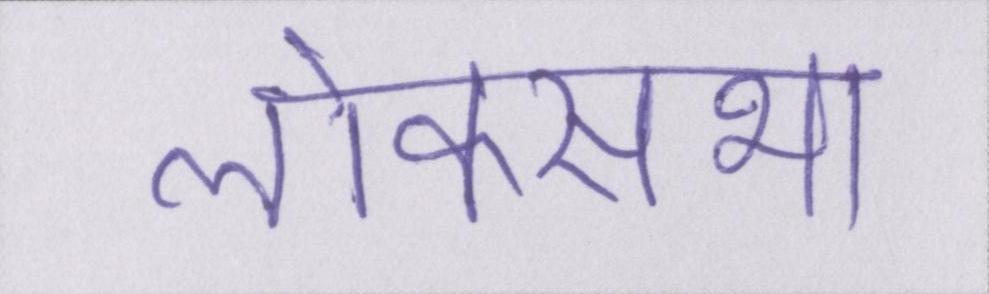
लोकसभा